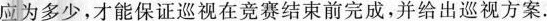
应为多少，才能保证巡视在竞赛结束前完成，并给出巡视方案.